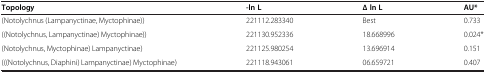
| Topology | -ln L | Δ ln L | AU* |
 | --- | --- | --- | --- |
 | (Notolychnus (Lampanyctinae, Myctophinae)) | 221112.283340 | Best | 0.733 |
 | ((Notolychnus, Lampanyctinae) Myctophinae)) | 221130.952336 | 18.668996 | 0.024* |
 | (Notolychnus, Myctophinae) Lampanyctinae) | 221125.980254 | 13.696914 | 0.151 |
 | (((Notolychnus, Diaphini) Lampanyctinae) Myctophinae) | 221118.943061 | 06.659721 | 0.407 |